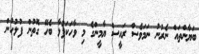
ބަޔާންތައް ނެރުނު ނަމަވެސް ރައީސް ޔާމީންގެ މި ވާހަކަފުޅާ ބެހޭ ގޮތުން ފުލުހުން